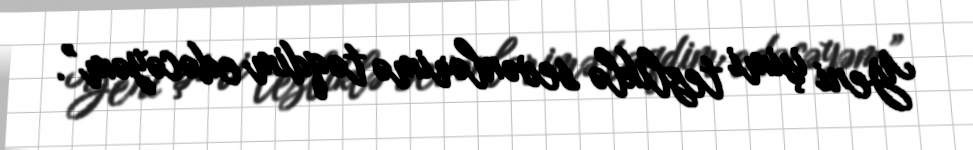
Yeni işimi tezliklə sevənlərimə təqdim edəcəyəm”.